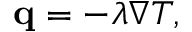
\mathbf { q } = - \lambda \nabla T ,